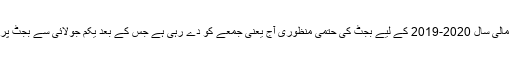
پاکستان کی قومی اسمبلی مالی سال 2020-2019 کے لیے بجٹ کی حتمی منظوری آج یعنی جمعے کو دے رہی ہے جس کے بعد یکم جولائی سے بجٹ پر عمل درآمد شروع ہو گا۔